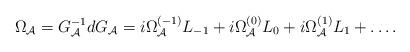
LaTeX: \begin{align*}\Omega_{\cal A}=G_{\cal A}^{-1}dG_{\cal A}=i\Omega_{\cal A}^{(-1)}L_{-1}+i\Omega_{\cal A}^{(0)}L_0+i\Omega_{\cal A}^{(1)}L_1+\ldots.\end{align*}